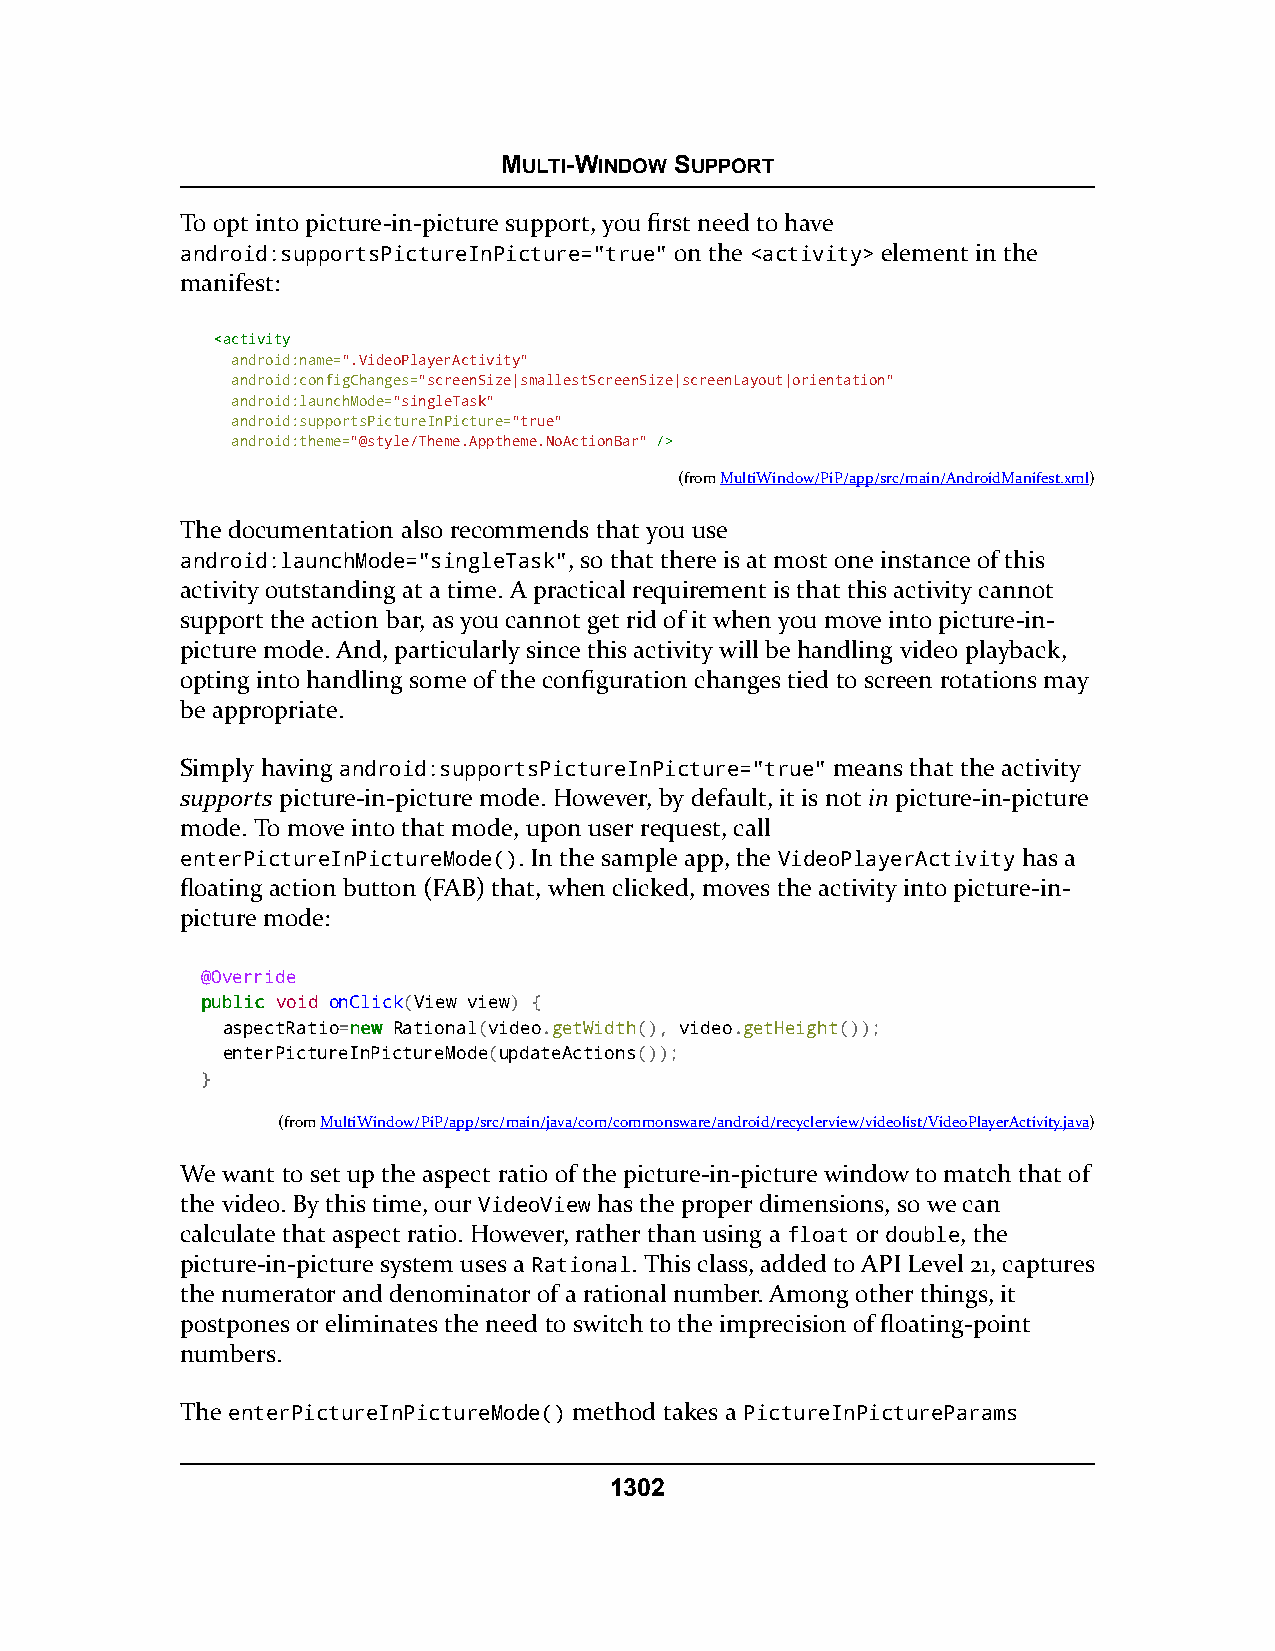
MULTI-WINDOW SUPPORT
 To opt into picture-in-picture support, you first need to have
 android:supportsPictureInPicture="true" on the <activity> element in the
 manifest:
 <<aaccttiivviittyy
 android:name=".VideoPlayerActivity"
 android:configChanges="screenSize|smallestScreenSize|screenLayout|orientation"
 android:launchMode="singleTask"
 android:supportsPictureInPicture="true"
 android:theme="@style/Theme.Apptheme.NoActionBar" //>>
 (fromMultiWindow/PiP/app/src/main/AndroidManifest.xml)
 The documentation also recommends that you use
 android:launchMode="singleTask", so that there is at most one instance of this
 activity outstanding at a time. A practical requirement is that this activity cannot
 support the action bar, as you cannot get rid of it when you move into picture-in-
 picture mode. And, particularly since this activity will be handling video playback,
 opting into handling some of the configuration changes tied to screen rotations may
 be appropriate.
 Simply having android:supportsPictureInPicture="true" means that the activity
 supports picture-in-picture mode. However, by default, it is not in picture-in-picture
 mode. To move into that mode, upon user request, call
 enterPictureInPictureMode(). In the sample app, the VideoPlayerActivity has a
 floating action button (FAB) that, when clicked, moves the activity into picture-in-
 picture mode:
 @Override
 ppuubblliicc void onClick(View view) {
 aspectRatio=nneeww Rational(video.getWidth(), video.getHeight());
 enterPictureInPictureMode(updateActions());
 }
 (fromMultiWindow/PiP/app/src/main/java/com/commonsware/android/recyclerview/videolist/VideoPlayerActivity.java)
 We want to set up the aspect ratio of the picture-in-picture window to match that of
 the video. By this time, our VideoView has the proper dimensions, so we can
 calculate that aspect ratio. However, rather than using a float or double, the
 picture-in-picture system uses a Rational. This class, added to API Level 21, captures
 the numerator and denominator of a rational number. Among other things, it
 postpones or eliminates the need to switch to the imprecision of floating-point
 numbers.
 The enterPictureInPictureMode() method takes a PictureInPictureParams
 1302